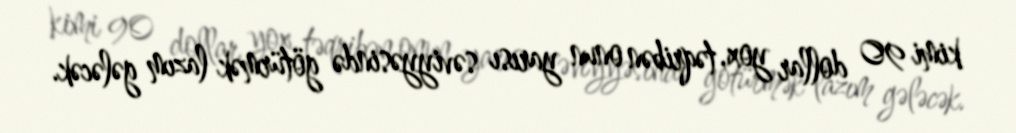
kimi 90 dollar yox, təqribən onun yarısı səviyyəsində götürmək lazım gələcək.